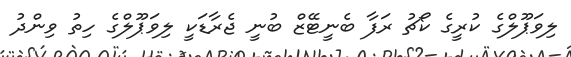
ލިވަޕޫލްގެ ކުރީގެ ކޯޗު ރަފާ ބެނީޓޭޒް ބުނީ ޖެރާޑަކީ ލިވަޕޫލްގެ ހިތު ވިންދު